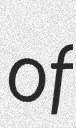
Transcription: of